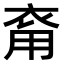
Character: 𧙚